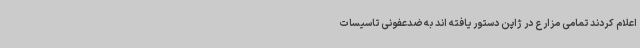
اعلام کردند تمامی مزارع در ژاپن دستور یافته اند به ضدعفونی تاسیسات